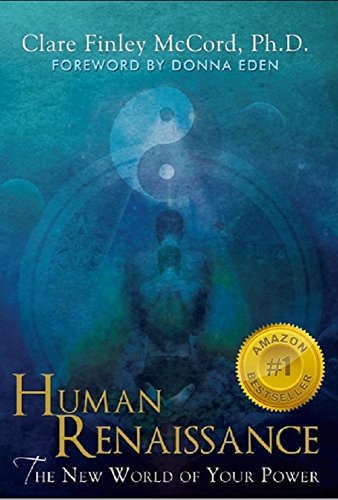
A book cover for Human Renaissance: The New World of Your Power; Clare Finley McCord Ph.D.; Health, Fitness & Dieting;